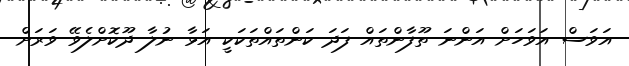
އަވަސް އަވަހަށް އަންނަ ތޫފާންތައް ފަދަ ކަންތައްތަކަކީ އަޅާ ނުލާ ދޫކޮށްލެވޭ ވަރަށް